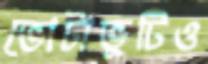
ভোটাভুটিও